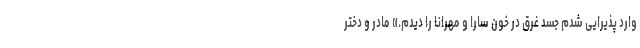
وارد پذیرایی شدم جسد غرق در خون سارا و مهرانا را دیدم.» مادر و دختر